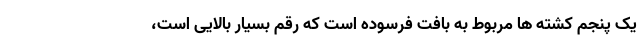
یک پنجم کشته ها مربوط به بافت فرسوده است که رقم بسیار بالایی است،